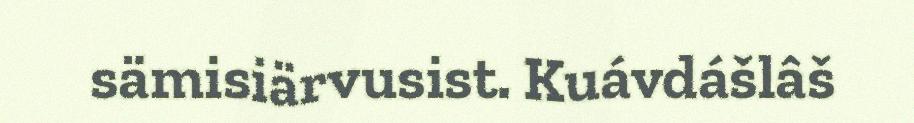
sämisiärvusist. Kuávdášlâš